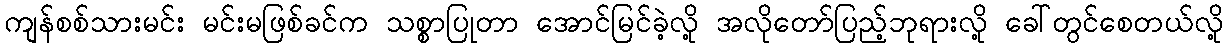
ကျန်စစ်သားမင်း မင်းမဖြစ်ခင်က သစ္စာပြုတာ အောင်မြင်ခဲ့လို့ အလိုတော်ပြည့်ဘုရားလို့ ခေါ်တွင်စေတယ်လို့